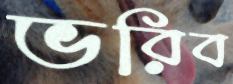
ভরিব